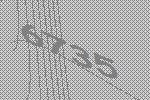
6735